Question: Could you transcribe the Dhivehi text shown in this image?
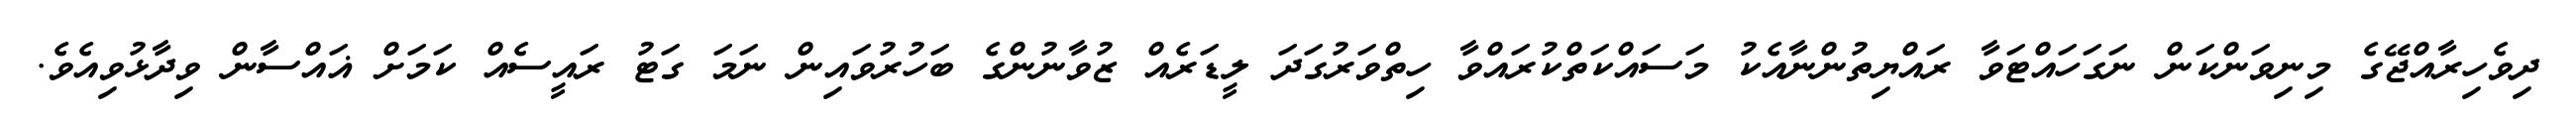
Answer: ދިވެހިރާއްޖޭގެ މިނިވަންކަން ނަގަހައްޓަވާ ރައްޔިތުންނާއެކު މަސައްކަތްކުރައްވާ ހިތްވަރުގަދަ ލީޑަރެއް ޒުވާނުންގެ ބަހުރުވައިން ނަމަ ގަޓު ރައީސެއް ކަމަށް ޣައްސާން ވިދާޅުވިއެވެ.